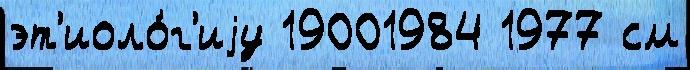
эт'иоло́г'иjу 19001984 1977 см